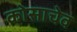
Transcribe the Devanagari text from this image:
कोसाचेव